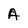
Character: A